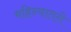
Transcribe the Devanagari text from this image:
महिन्यातले